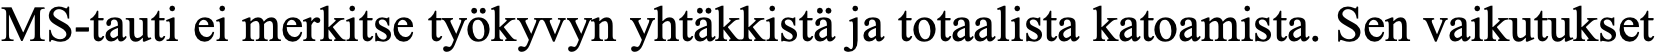
MS-tauti ei merkitse työkyvyn yhtäkkistä ja totaalista katoamista. Sen vaikutukset